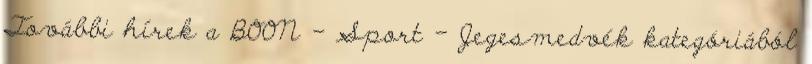
További hírek a BOON - Sport - Jegesmedvék kategóriából